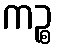
ကဉ္စ